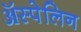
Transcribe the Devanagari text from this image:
ॲस्पेलिन